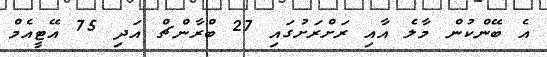
އެ ބޭންކުން މާލެ އާއި ރަށްރަށުގައި 27 ބްރާންޗް އަދި 75 އޭޓީއެމް